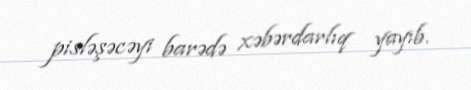
pisləşəcəyi barədə xəbərdarlıq yayıb.